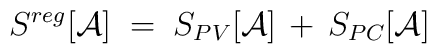
S^{reg}[{\mathcal A}] \;=\; S_{PV}[{\mathcal A}] \,+\, S_{PC}[{\mathcal A}]